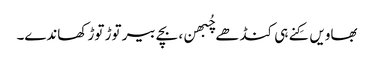
بھاویں کِنے ہی کنڈھے چُبھن، بچے بیر توڑ توڑ کھاندے۔